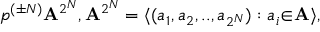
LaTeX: p ^ { ( \pm N ) } { \bf A } ^ { 2 ^ { N } } , { \bf A } ^ { 2 ^ { N } } = \langle ( a _ { 1 } , a _ { 2 } , . . , a _ { 2 ^ { N } } ) : a _ { i } { \in } { \bf A } \rangle ,